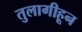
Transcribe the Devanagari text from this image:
तुलागीहून